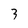
Character: 3